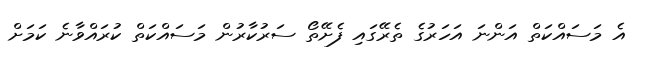
އެ މަސައްކަތް އަންނަ އަހަރުގެ ތެރޭގައި ފެށޭތޯ ސަރުކާރުން މަސައްކަތް ކުރައްވާނެ ކަމަށް